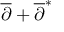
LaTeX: { \overline { { \partial } } } + { \overline { { \partial } } } ^ { * }